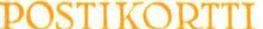
POSTIKORTTI